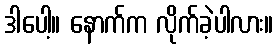
ဒါပေါ့။ နောက်က လိုက်ခဲ့ပါလား။